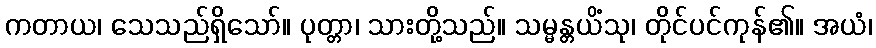
ကတာယ၊ သေသည်ရှိသော်။ ပုတ္တာ၊ သားတို့သည်။ သမ္မန္တယိံသု၊ တိုင်ပင်ကုန်၏။ အယံ၊